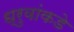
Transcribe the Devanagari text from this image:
ध्रुवांकडे